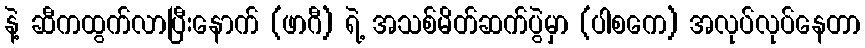
နဲ့ ဆီကထွက်လာပြီးနောက် (ဖာဂီ) ရဲ့ အသစ်မိတ်ဆက်ပွဲမှာ (ပါစကေ) အလုပ်လုပ်နေတာ